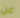
عن